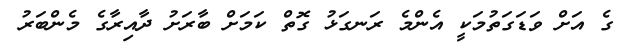
ގެ އަށް ވަޑަގަތުމަކީ އެންމެ ރަނގަޅު ގޮތް ކަމަށް ބާރަށު ދާއިރާގެ މެންބަރު